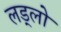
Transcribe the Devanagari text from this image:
लड्लो